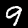
Digit: 9